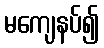
မကျေနပ်၍